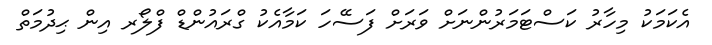
އެކަމަކު މިހާރު ކަސްޓަމަރުންނަށް ވަރަށް ފަސޭހަ ކަމާއެކު ގްރައުންޑް ފްލޯރ އިން ޙިދުމަތް